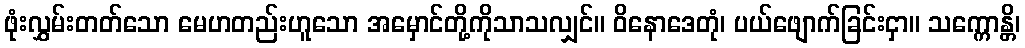
ဖုံးလွှမ်းတတ်သော မေဟတည်းဟူသော အမှောင်တို့ကိုသာသလျှင်။ ဝိနောဒေတုံ၊ ပယ်ဖျောက်ခြင်းငှာ။ သက္ကောန္တိ၊